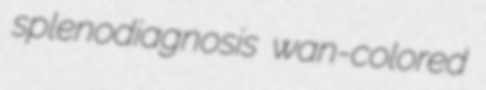
splenodiagnosis wan-colored